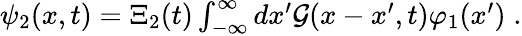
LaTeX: \begin{array}{r}{\psi_{2}(x,t)=\Xi_{2}(t)\int_{-\infty}^{\infty}dx^{\prime}{\cal{G}}(x-x^{\prime},t)\varphi_{1}(x^{\prime})\; .}\end{array}